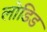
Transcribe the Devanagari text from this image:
लोडिड